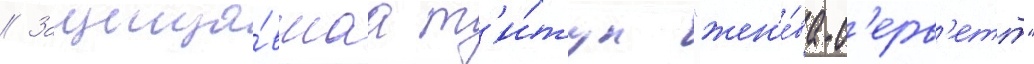
// Защища́вшаа т'и́тул "жен'е́ва-с'ерв'етт"